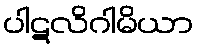
ပါဋလိဂါမိယာ